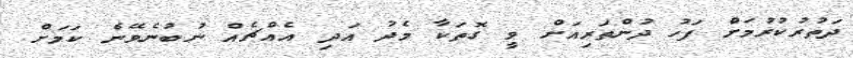
ދަތުރުކުރުމަށް ފަހު ދުންތަރިއަށް ވީ ގޮތަކާ މެދު އަދި އެއްޗެއް ނުބުނެވޭނެ ކަމަށް